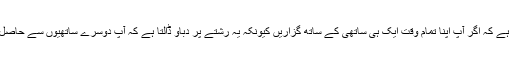
' ڈاکٹر بسبی کہتی ہیں 'یہ آپ کے لیے بھی مشکل ہو سکتا ہے کہ اگر آپ اپنا تمام وقت ایک ہی ساتھی کے ساتھ گزاریں کیونکہ یہ رشتے پر دباو ڈالتا ہے کہ آپ دوسرے ساتھیوں سے حاصل ہونے والی خواہشات کے پورا ہونے کے متمنی ہوں گے۔